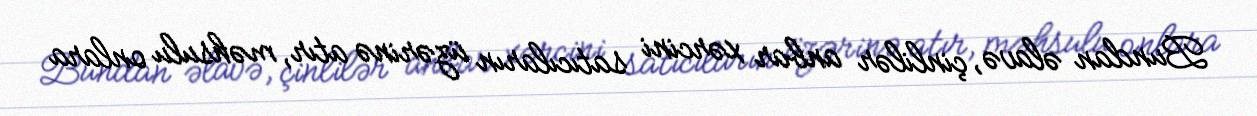
Bundan əlavə, çinlilər anbar xərcini satıcıların üzərinə atır, məhsulu onlara